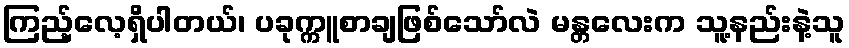
ကြည့်လေ့ရှိပါတယ်၊ ပခုက္ကူစာချဖြစ်သော်လဲ မန္တလေးက သူ့နည်းနဲ့သူ